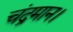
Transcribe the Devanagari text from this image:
चंद्रमान।